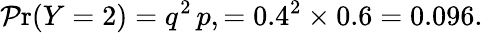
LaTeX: \operatorname*{\mathcal{P}r}(Y=2)=q^{2}\, p,=0.4^{2}\times0.6=0.096.